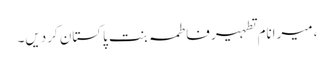
، میرانام تطہیر فاطمہ بنت پاکستان کردیں۔